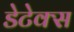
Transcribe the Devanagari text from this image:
डेटेक्स